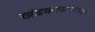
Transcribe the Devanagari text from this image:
खंडकाव्यांचा